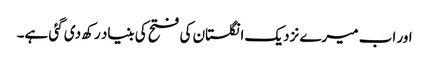
اور اب میرے نزدیک انگلستان کی فتح کی بنیاد رکھ دی گئی ہے۔